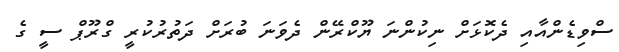
ސްވިޑެންއާއި ދެކޮޅަށް ނިކުންނަ ޔޫކްރޭން ދެވަނަ ބުރަށް ދަތުރުކުރީ ގްރޫޕް ސީ ގެ